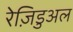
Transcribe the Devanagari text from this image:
रेज़िडुअल